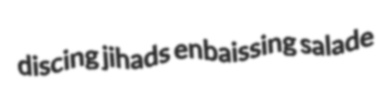
discing jihads enbaissing salade